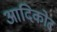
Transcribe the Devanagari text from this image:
आदिकोट